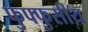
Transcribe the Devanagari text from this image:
फुफ्फुसीय़